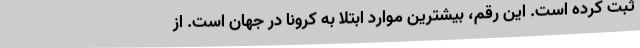
ثبت کرده است. این رقم، بیشترین موارد ابتلا به کرونا در جهان است. از